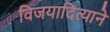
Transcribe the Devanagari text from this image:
विजयादित्याने